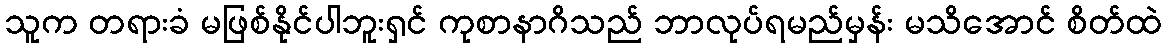
သူက တရားခံ မဖြစ်နိုင်ပါဘူးရှင် ကုစာနာဂိသည် ဘာလုပ်ရမည်မှန်း မသိအောင် စိတ်ထဲ